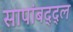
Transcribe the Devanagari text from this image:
सापांबद्द्ल